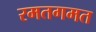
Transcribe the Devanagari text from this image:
रमतगमत